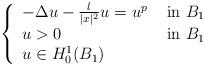
LaTeX: \begin{align*}\left\{\begin{array}{ll}-\Delta u-\frac {\l}{|x|^2}u=u^p & \hbox{ in }B_1\\u>0& \hbox{ in }B_1\\u\in H^{1}_0(B_1)\end{array}\right.\end{align*}